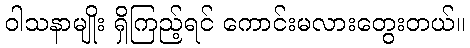
ဝါသနာမျိုး ရှိကြည့်ရင် ကောင်းမလားတွေးတယ်။